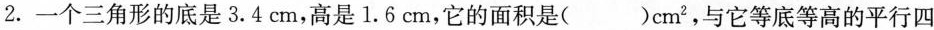
2.一个三角形的底是3.4cm，高是1.6cm，它的面积是( )cm^{ 2}，与它等底等高的平行四